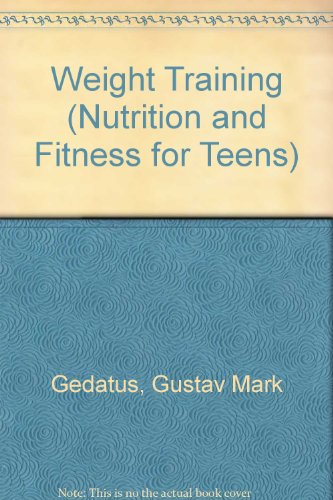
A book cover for Weight Training (Nutrition and Fitness for Teens); Gustav Mark Gedatus; Teen & Young Adult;